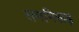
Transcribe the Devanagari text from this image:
समनिरूढ़